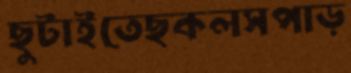
ছুটাইতেছকলসপাড়